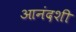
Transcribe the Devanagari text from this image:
आनंदशी